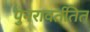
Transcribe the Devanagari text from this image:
पुनरावर्ततित